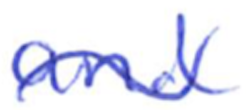
Text: and
Cross-out: wave
Writing tool: ballpoint